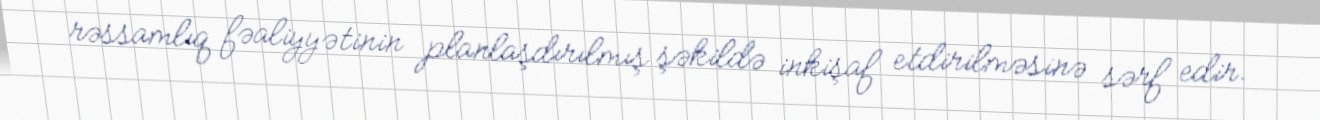
rəssamlıq fəaliyyətinin planlaşdırılmış şəkildə inkişaf etdirilməsinə sərf edir.